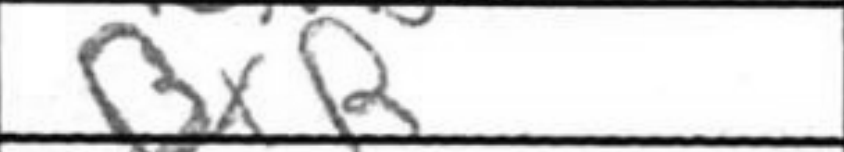
Transcription: BxR